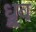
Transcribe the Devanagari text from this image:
ध्र्रूव